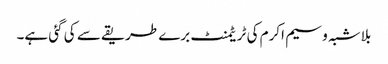
بلاشبہ وسیم اکرم کی ٹریٹمنٹ برے طریقے سے کی گئی ہے۔